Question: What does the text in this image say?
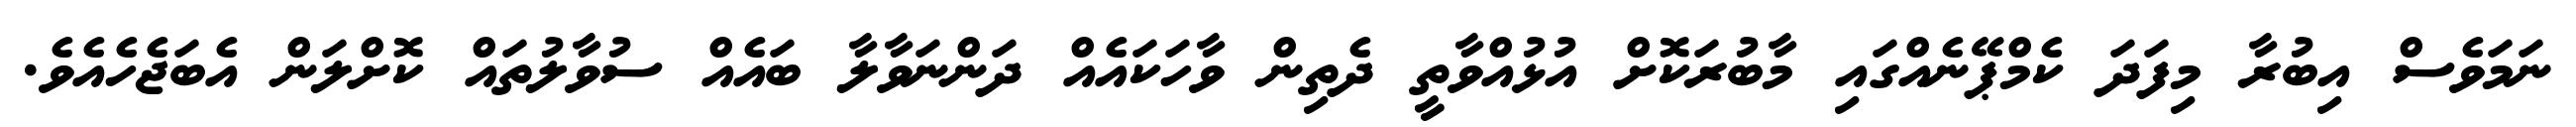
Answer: ނަމަވެސް އިބުރާ މިފަދަ ކެމްޕޭނެއްގައި މާބުރަކޮށް އުޅުއްވާތީ ދެތިން ވާހަކައެއް ދަންނަވާލާ ބައެއް ސުވާލުތައް ކޮށްލަން އެބަޖެހެއެވެ.